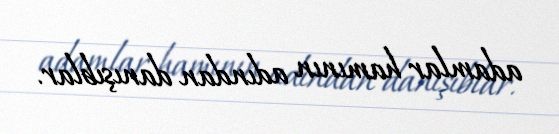
adamlar hamının adından danışıblar.